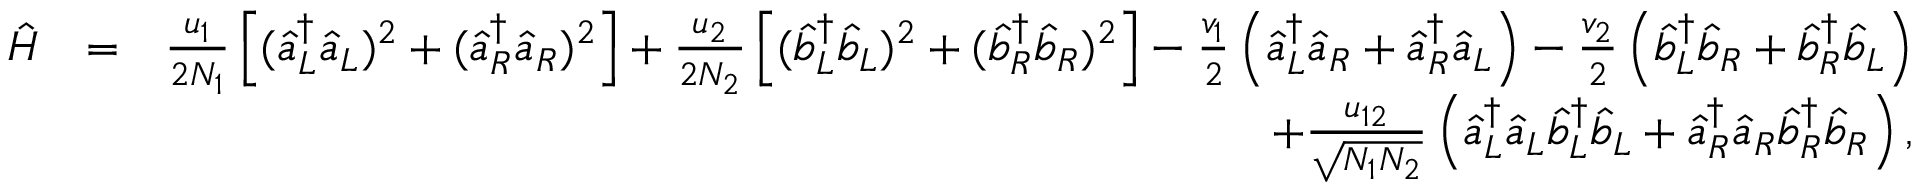
\begin{array} { r l r } { \hat { H } } & { = } & { \frac { u _ { 1 } } { 2 N _ { 1 } } \left[ ( \hat { a } _ { L } ^ { \dagger } \hat { a } _ { L } ) ^ { 2 } + ( \hat { a } _ { R } ^ { \dagger } \hat { a } _ { R } ) ^ { 2 } \right] + \frac { u _ { 2 } } { 2 N _ { 2 } } \left[ ( \hat { b } _ { L } ^ { \dagger } \hat { b } _ { L } ) ^ { 2 } + ( \hat { b } _ { R } ^ { \dagger } \hat { b } _ { R } ) ^ { 2 } \right] - \frac { v _ { 1 } } { 2 } \left( \hat { a } _ { L } ^ { \dagger } \hat { a } _ { R } + \hat { a } _ { R } ^ { \dagger } \hat { a } _ { L } \right) - \frac { v _ { 2 } } { 2 } \left( \hat { b } _ { L } ^ { \dagger } \hat { b } _ { R } + \hat { b } _ { R } ^ { \dagger } \hat { b } _ { L } \right) } \\ & { } & { + \frac { u _ { 1 2 } } { \sqrt { N _ { 1 } N _ { 2 } } } \left( \hat { a } _ { L } ^ { \dagger } \hat { a } _ { L } \hat { b } _ { L } ^ { \dagger } \hat { b } _ { L } + \hat { a } _ { R } ^ { \dagger } \hat { a } _ { R } \hat { b } _ { R } ^ { \dagger } \hat { b } _ { R } \right) , } \end{array}